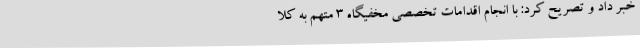
خبر داد و تصریح کرد: با انجام اقدامات تخصصی مخفیگاه ۳ متهم به کلا